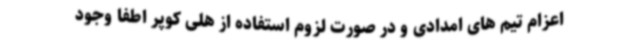
اعزام تیم های امدادی و در صورت لزوم استفاده از هلی کوپر اطفا وجود